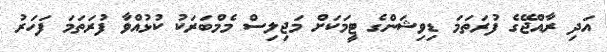
އަދި ރާއްޖޭގެ ފުރަތަމަ ޑިވިޝަންގެ ޓީމަކަށް މަޖިލިސް މެމްބަރަކު ކުޅުއްވާ ފުރަތަމަ ފަހަރު